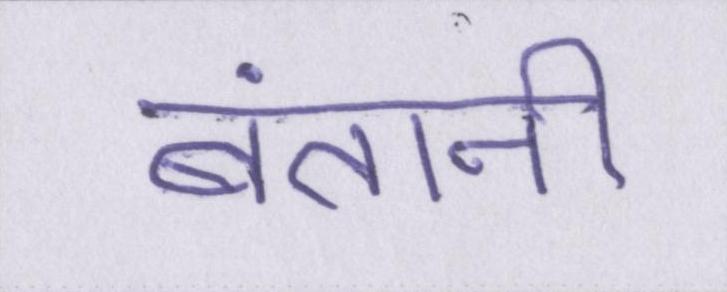
बंतानी